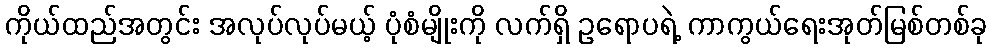
ကိုယ်ထည်အတွင်း အလုပ်လုပ်မယ့် ပုံစံမျိုးကို လက်ရှိ ဥရောပရဲ့ ကာကွယ်ရေးအုတ်မြစ်တစ်ခု